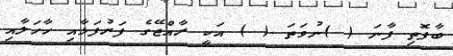
ބާފޮތި ފާނަ ( )ނުވަތަ ( ) އަކީ ރާއްޖޭގެ ފަރުފަޅާއި ހާހަލާއި